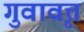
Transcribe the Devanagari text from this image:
गुवावृत्त